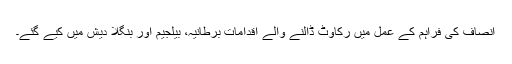
انصاف کی فراہم کے عمل میں رکاوٹ ڈالنے والے اقدامات برطانیہ، بیلجیم اور بنگلا دیش میں کیے گئے۔